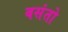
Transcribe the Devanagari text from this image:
बसंतो